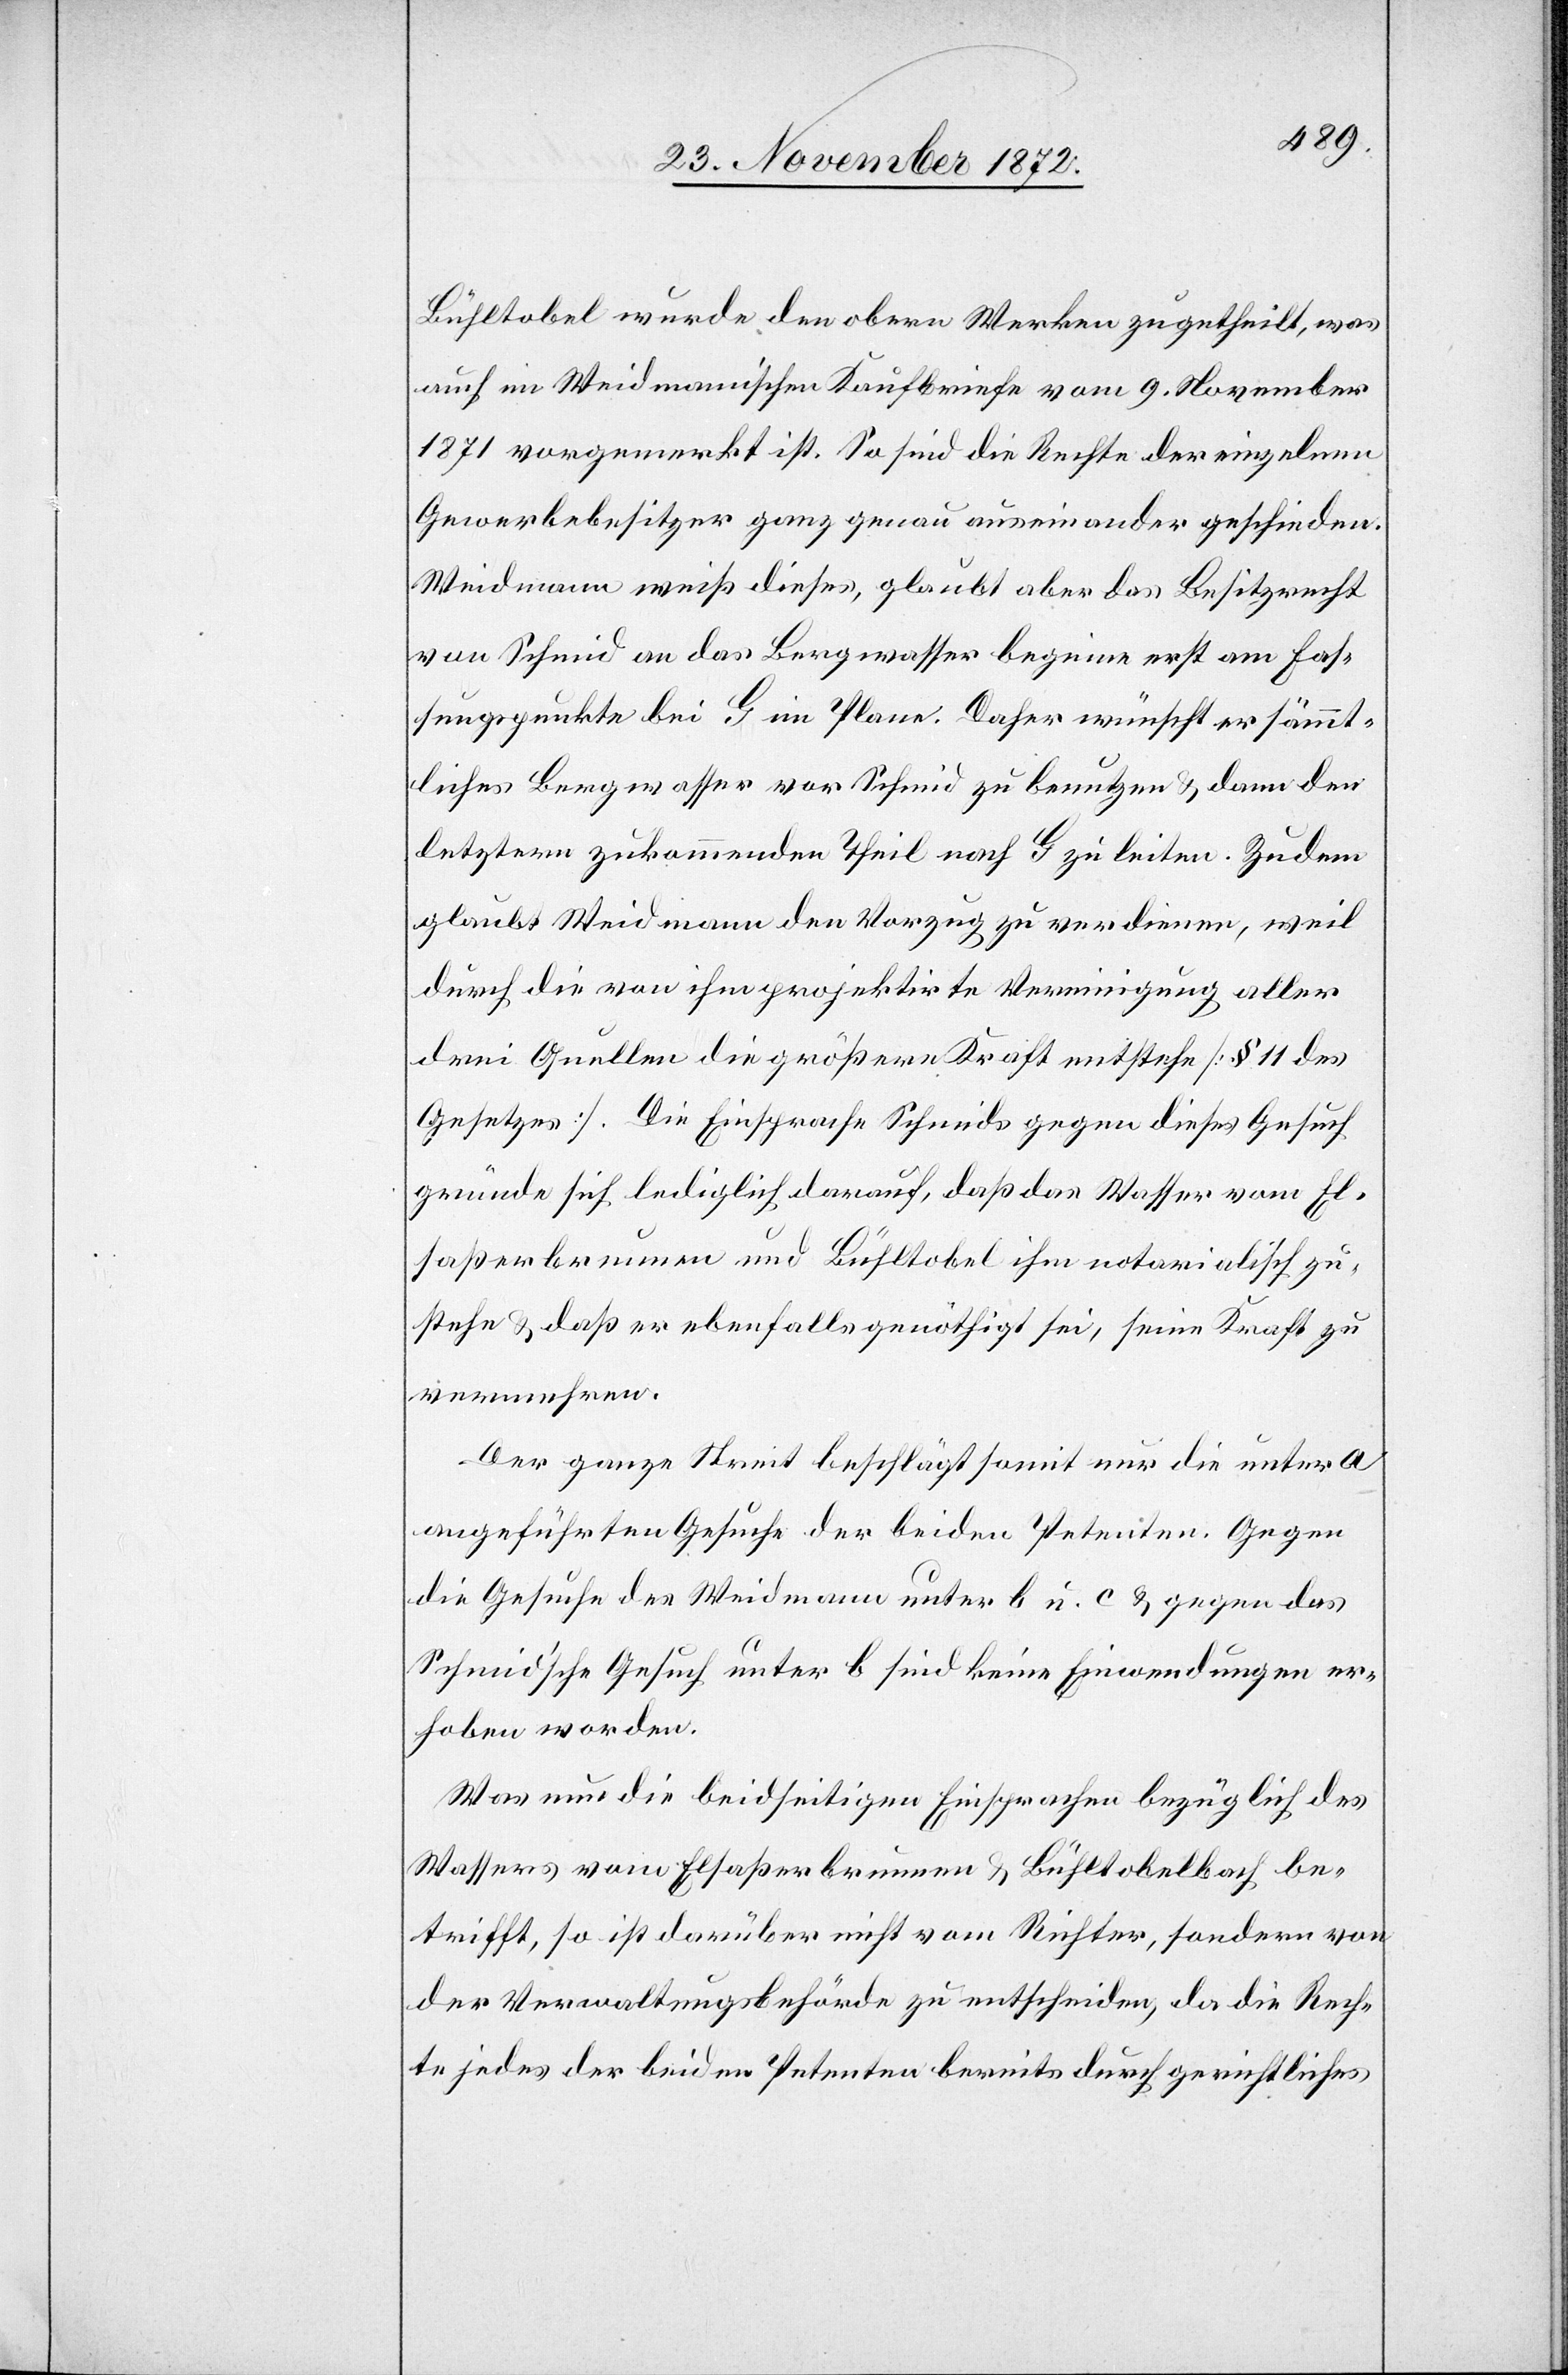
Bühltobel wurde den obern Werken zugetheilt, was
auch im Weidmann’schen Kaufbriefe vom 9. November
1871 vorgemerkt ist. So sind die Rechte der einzelnen
Gewerbebesitzer ganz genau auseinander geschieden.
Weidmann weiß dieses, glaubt aber das Besitzrecht
Fassungspunkte bei G im Plane. Daher wünscht er sämmt¬
liches Bergwasser vor Schmid zu benutzen u. dann den
letztern zukommenden Theil nach G zu leiten. Zudem
glaubt Weidmann den Vorzug zu verdienen, weil
durch die von ihm projektirte Vereinigung aller
drei Quellen die größere Kraft entstehe [§ 11 des
Gesetzes]. Die Einsprache Schmids gegen dieses Gesuch
gründe sich lediglich darauf, daß das Wasser vom El¬
saßerbrunnen und Bühltobel ihm notarialisch zu¬
stehe u. daß er ebenfalls genöthigt sei, seine Kraft zu
vermehren.
Der ganze Streit beschlägt somit nur die unter a
angeführten Gesuche der beiden Petenten. Gegen
die Gesuche des Weidmann unter b u. c u. gegen das
Schmid’sche Gesuch unter b sind keine Einwendungen er¬
hoben worden.
Was nun die beidseitigen Einsprachen bezüglich des
Wassers vom Elsaßerbrunnen u. Bühltobelbach be¬
trifft, so ist darüber nicht vom Richter, sondern von
der Verwaltungsbehörde zu entscheiden, da die Rech¬
te jedes der beiden Petenten bereits durch gerichtliches